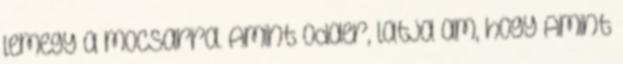
lemegy a mocsarra. Amint odaer, latja am, hogy Amint